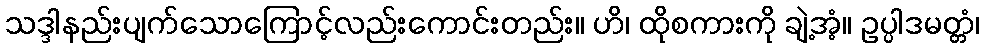
သဒ္ဒါနည်းပျက်သောကြောင့်လည်းကောင်းတည်း။ ဟိ၊ ထိုစကားကို ချဲ့အံ့။ ဥပ္ပါဒမတ္တံ၊